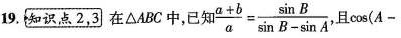
19.知识点2，3]在\triangle ABC中，已知” $$\frac{\a+b}{a}= \frac{\sin B}{\sin B- \sin A}$$ 且$$\cos (A-